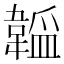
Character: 𬰮